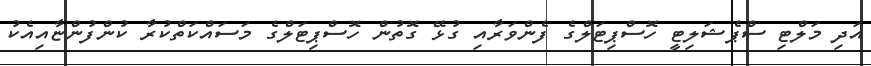
އަދި މަލްޓި ސްޕެޝަލިޓީ ހޮސްޕިޓަލްގެ ފެންވަރާއި ގުޅޭ ގޮތުން ހޮސްޕިޓަލްގެ މަސައްކަތްކުރާ ކުންފުންޏާއިއެކު